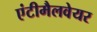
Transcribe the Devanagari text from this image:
एंटीमैलवेयर